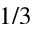
1 / 3